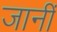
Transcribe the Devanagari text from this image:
जानीं